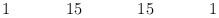
LaTeX: \begin{align*}\begin{array}{ccccccccccccccccc}&&1&&&&15&&&&15&&&&1&&\\\end{array}\end{align*}